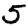
Digit: 5